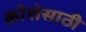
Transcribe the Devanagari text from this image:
क्रोशेसाठी